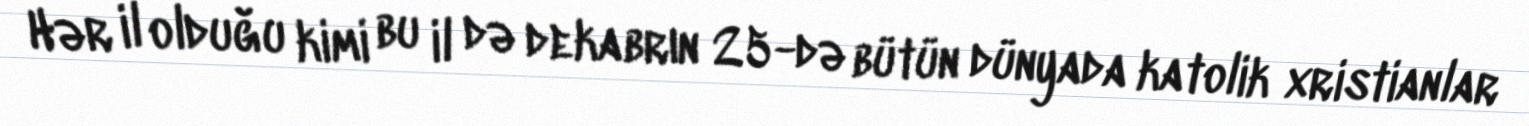
Hər il olduğu kimi bu il də dekabrın 25-də bütün dünyada katolik xristianlar